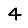
Digit: 4